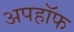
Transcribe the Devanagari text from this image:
अपहॉफ